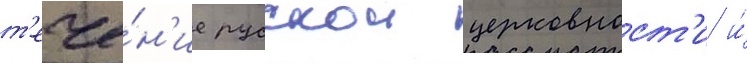
т'ече́н'ие русскои церковност'и и́